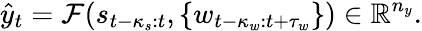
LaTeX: \hat{y}_{t}=\mathcal{F}(s_{t-\kappa_{s}:t},\{ w_{t-\kappa_{w}:t+\tau_{w}}\} )\in\mathbb{R}^{n_{y}}.